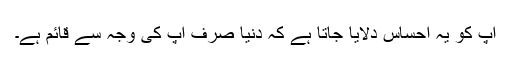
آپ کو یہ احساس دلایا جاتا ہے کہ دنیا صرف آپ کی وجہ سے قائم ہے۔